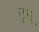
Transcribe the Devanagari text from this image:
तुनू